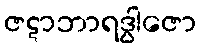
ဇဋာဘာရဒွါဇော